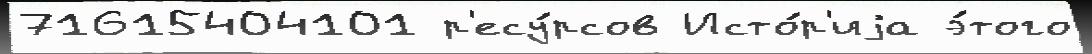
71615404101 р'есу́рсов Исто́р'иjа э́того